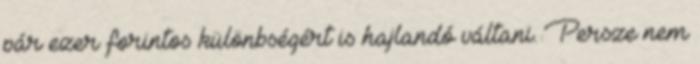
pár ezer forintos különbségért is hajlandó váltani. Persze nem